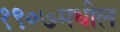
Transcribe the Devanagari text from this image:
१९०७मधील